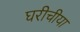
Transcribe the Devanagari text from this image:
घरीचीया